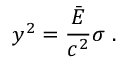
y ^ { 2 } = { \frac { \bar { E } } { c ^ { 2 } } } \sigma \ .